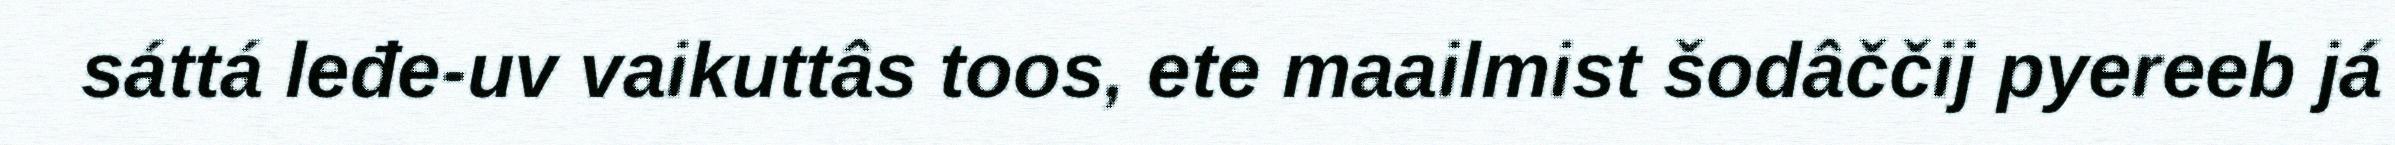
sáttá leđe-uv vaikuttâs toos, ete maailmist šodâččij pyereeb já